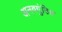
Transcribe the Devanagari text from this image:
अनवगुंठित